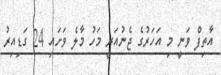
އާތިފް ވަނީ މި އަހަރުގެ ޖެނުއަރީ މަހު މާލެ ވަށައި 24 ގަޑިއިރު